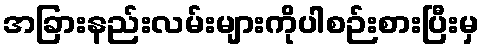
အခြားနည်းလမ်းများကိုပါစဉ်းစားပြီးမှ